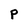
Character: P